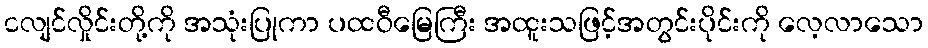
ငလျင်လှိုင်းတို့ကို အသုံးပြုကာ ပထဝီမြေကြီး အထူးသဖြင့်အတွင်းပိုင်းကို လေ့လာသော